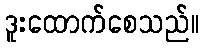
ဒူးထောက်စေသည်။